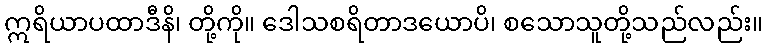
ဣရိယာပထာဒီနိ၊ တို့ကို။ ဒေါသစရိတာဒယောပိ၊ စသောသူတို့သည်လည်း။